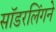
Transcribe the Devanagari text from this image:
सॉडरलिंगने